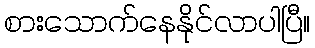
စားသောက်နေနိုင်လာပါပြီ။